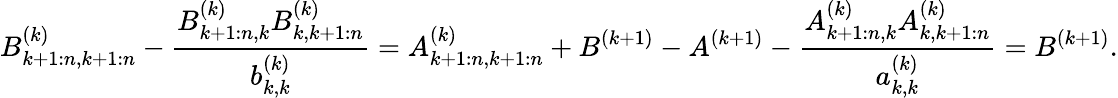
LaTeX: B_{k+1:n,k+1:n}^{(k)}-\frac{B_{k+1:n,k}^{(k)}B_{k,k+1:n}^{(k)}}{b_{k,k}^{(k)}}=A_{k+1:n,k+1:n}^{(k)}+B^{(k+1)}-A^{(k+1)}-\frac{A_{k+1:n,k}^{(k)}A_{k,k+1:n}^{(k)}}{a_{k,k}^{(k)}}=B^{(k+1)}.